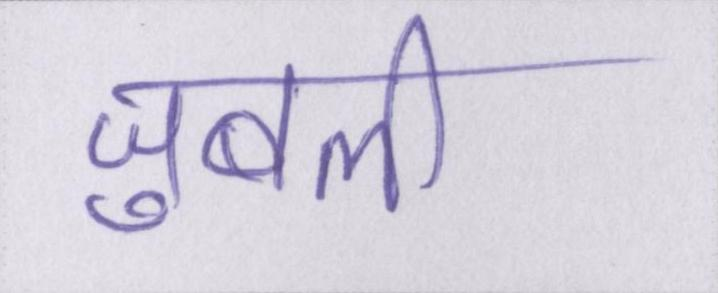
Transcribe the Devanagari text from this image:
जुबली